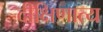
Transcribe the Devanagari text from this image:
दीक्षिणात्य